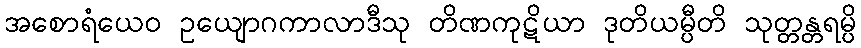
အစောရံယေဝ ဥယျောဂကာလာဒီသု တိဏကုဋိယာ ဒုတိယမ္ပီတိ သုတ္တန္တရမ္ပိ